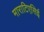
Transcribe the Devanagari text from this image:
माराटिएसिई